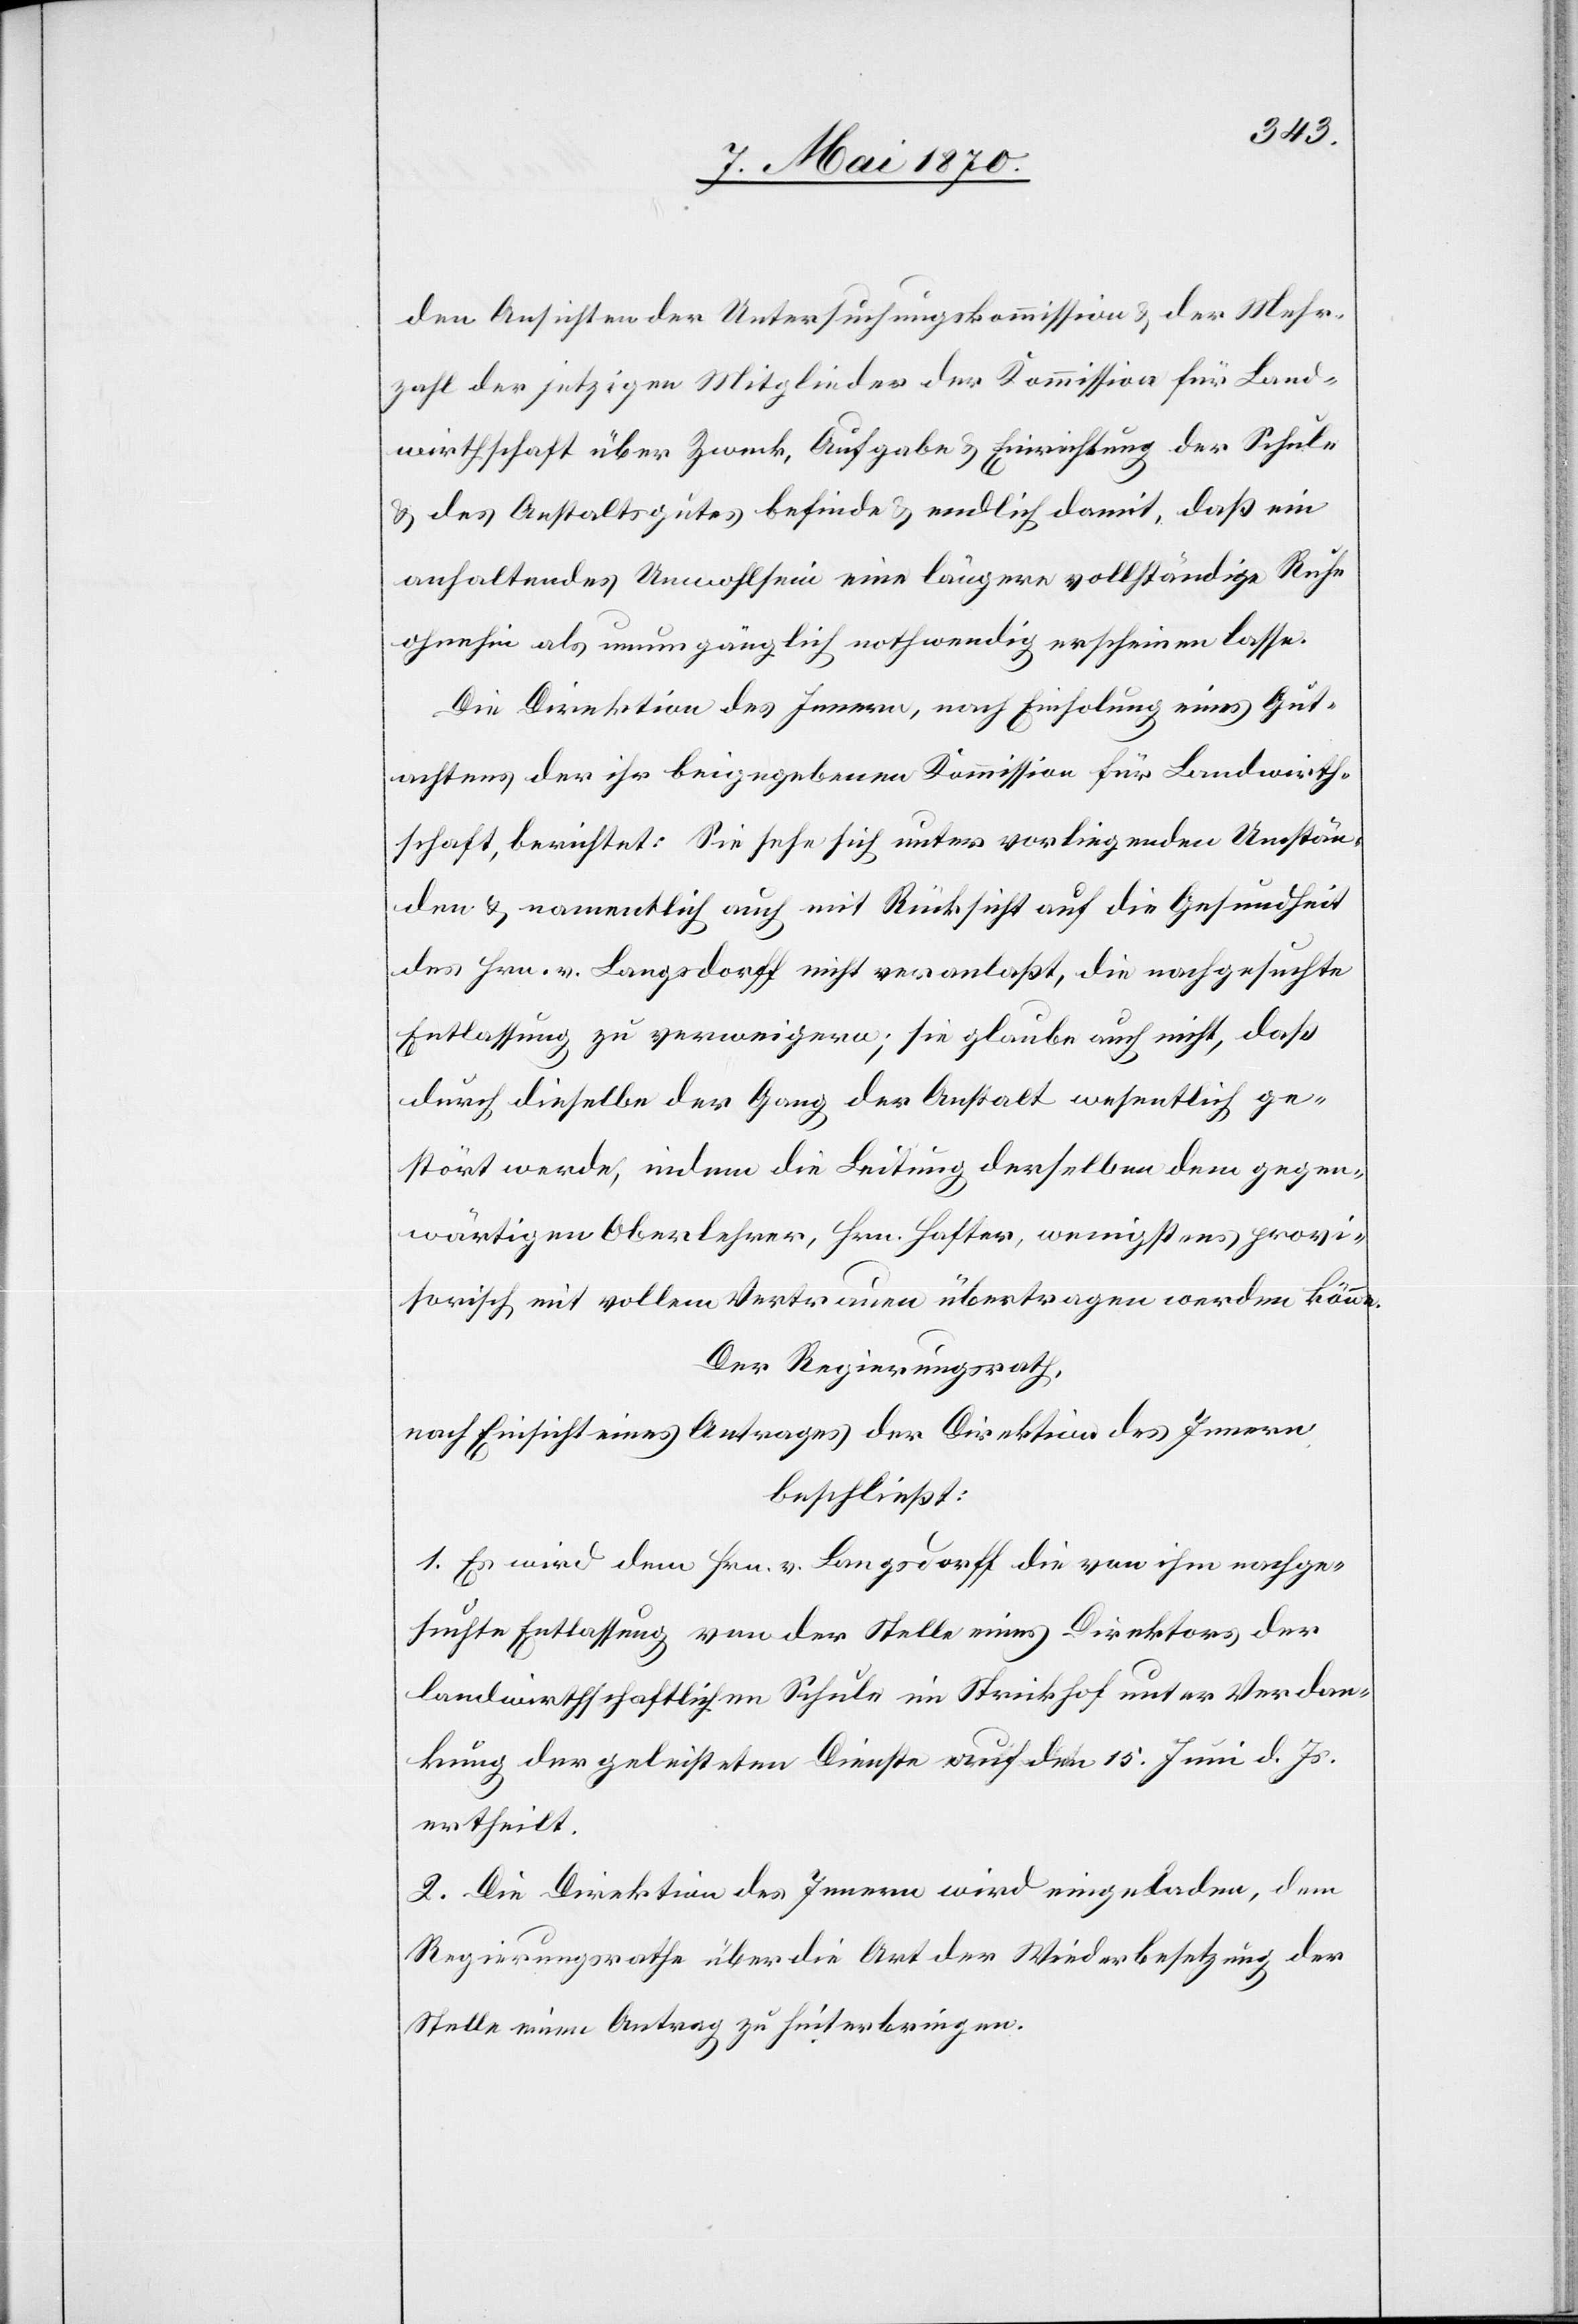
den Ansichten der Untersuchungskommission & der Mehr¬
zahl der jetzigen Mitglieder der Kommission für Land¬
wirthschaft über Zweck, Aufgabe & Einrichtung der Schule
& des Anstaltsgutes befinde & endlich damit, daß ein
anhaltendes Unwohlsein eine längere vollständige Ruhe
ohnehin als unumgänglich nothwendig erscheinen lasse.
Die Direktion des Innern, nach Einholung eines Gut¬
achtens der ihr beigegebenen Kommission für Landwirth¬
schaft, berichtet: Sie sehe sich unter vorliegenden Umstän¬
den & namentlich auch mit Rücksicht auf die Gesundheit
des Hrn. v. Langsdorff nicht veranlaßt, die nachgesuchte
Entlassung zu verweigern; sie glaube auch nicht, daß
durch dieselbe der Gang der Anstalt wesentlich ge¬
stört werde, indem die Leitung derselben dem gegen¬
wärtigen Oberlehrer, Hrn. Hafter, wenigstens provi¬
sorisch mit vollem Vertrauen übertragen werden könne.
Der Regierungsrath,
nach Einsicht eines Antrages der Direktion des Innern,
beschließt:
1. Es wird dem Hrn. v. Langsdorff die von ihm nachge¬
suchte Entlassung von der Stelle eines Direktors der
landwirthschaftlichen Schule im Strickhof unter Verdan¬
kung der geleisteten Dienst auf den 15. Juni d. Js.
ertheilt.
2. Die Direktion des Innern wird eingeladen, dem
Regierungsrathe über die Art der Wiederbesetzung der
Stelle einen Antrag zu hinterbringen.